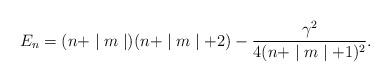
LaTeX: \begin{align*}E_{n}=(n+\mid m \mid)(n+\mid m \mid+2)-\frac{\gamma^{2}}{4(n+\mid m \mid+1)^{2}}.\end{align*}